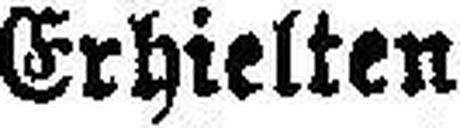
Erhielten